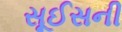
સૂઈસની